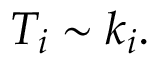
T _ { i } \sim k _ { i } .